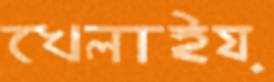
খেলাইয়